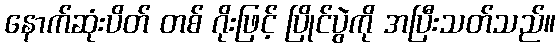
နောက်ဆုံးပိတ် တစ် ဂိုးဖြင့် ပြိုင်ပွဲကို အပြီးသတ်သည်။